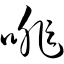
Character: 啡